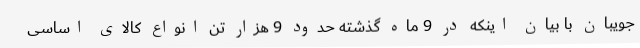
جویبان با بیان اینکه در 9 ماه گذشته حدود 9 هزار تن انواع کالای اساسی